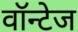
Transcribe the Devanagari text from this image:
वॉन्टेज